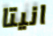
انيتا